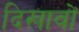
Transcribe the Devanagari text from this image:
दिखावों